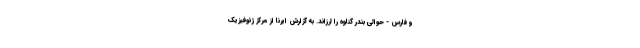
و فارس - حوالی بندر گناوه را لرزاند. به گزارش ایرنا از مرکز ژئوفیزیک